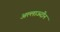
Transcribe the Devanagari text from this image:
अल्लाऊदीन